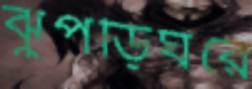
ঝুপড়িঘরে